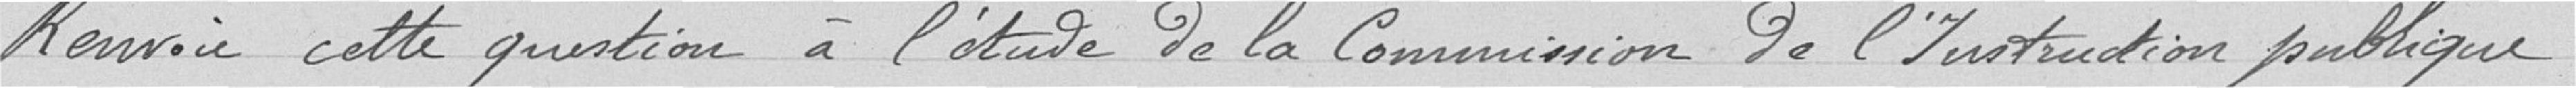
Renvoie cette question à l’étude de la commission de l’Instruction publique.